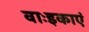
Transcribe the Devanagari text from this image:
वाःइकाएं